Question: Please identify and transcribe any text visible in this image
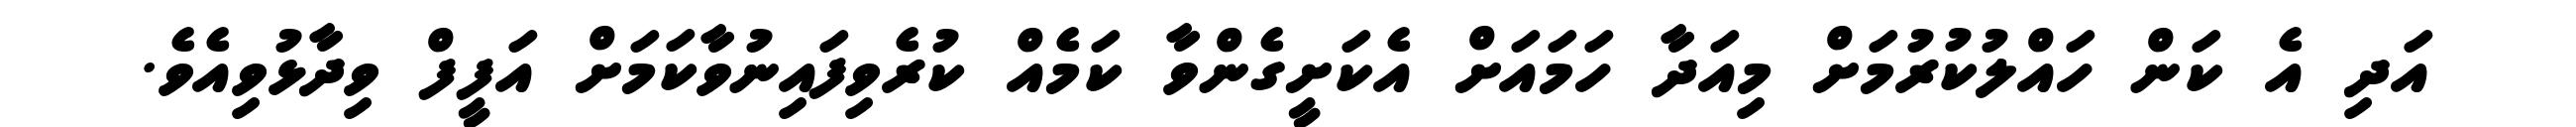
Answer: އަދި އެ ކަން ހައްލުކުރުމަށް މިއަދާ ހަމައަށް އެކަށީގެންވާ ކަމެއް ކުރެވިފައިނުވާކަމަށް އަފީފް ވިދާޅުވިއެވެ.